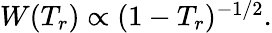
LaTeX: \begin{array}{r}{W(T_{r})\propto(1-T_{r})^{-1/2}.}\end{array}